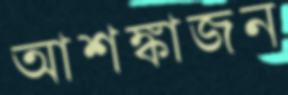
আশঙ্কাজন